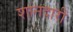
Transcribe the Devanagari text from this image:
शानदारी